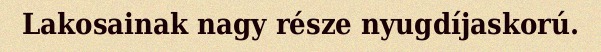
Lakosainak nagy része nyugdíjaskorú.